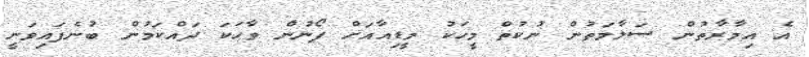
އެ އިމާރާތުން ސަލާމަތުން ނުކުތް މީހަކު މީޑިއާއަށް ފޯނުން ވާހަކަ ދައްކަމުން ބުނެފައިވަނީ